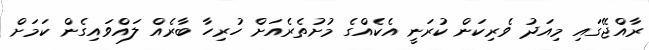
ރާއްޖޭގައި މިއަދު ވެރިކަން ކުރަނީ އެކެއްގެ މުށުތެރެއަށް ހުރިހާ ބާރެއް ލައްވައިގެން ކަމަށް